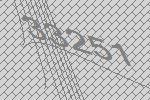
33251